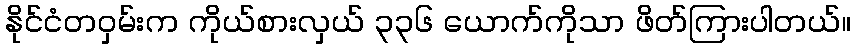
နိုင်ငံတဝှမ်းက ကိုယ်စားလှယ် ၃၃၆ ယောက်ကိုသာ ဖိတ်ကြားပါတယ်။